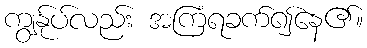
ကျွန်ုပ်လည်း အကြံရခက်၍နေ၏။